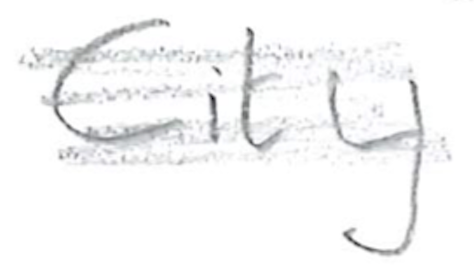
Text: City
Cross-out: scratch
Writing tool: pencil